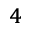
_ { 4 }